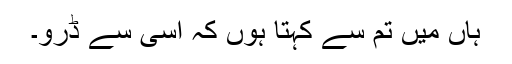
ہاں میں تم سے کہتا ہوں کہ اسی سے ڈرو۔